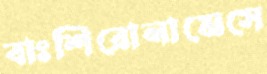
বাঃশিরোনামেসে